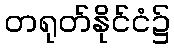
တရုတ်နိုင်ငံ၌